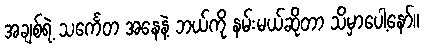
အချစ်ရဲ့ သင်္ကေတ အနေနဲ့ ဘယ်ကို နမ်းမယ်ဆိုတာ သိမှာပေါ့နော်။